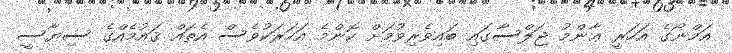
އަމްނޯގެ އަހަރީ ޢާންމު ޖަލްސާގައި ބައިވެރިވުމަށް ކޮންމެ އަހަރަކުވެސް އެތައް ޤައުމެއްގެ ސިޔާސީ